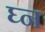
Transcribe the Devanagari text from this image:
घ्न